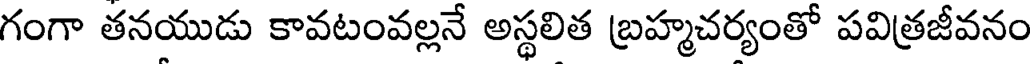
గంగా తనయుడు కావటంవల్లనే అస్థలిత బ్రహ్మచర్యంతో పవిత్రజీవనం